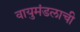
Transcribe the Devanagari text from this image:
वायुमंडलाची